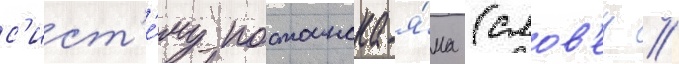
с'ист'е́му постоинска-я́ма (слов'ен //